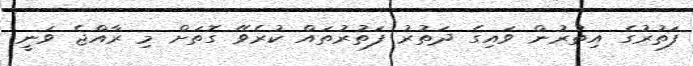
ފަތުރުގެ އިތުރުން ވައިގެ ދަތުރު ފަތުރުތައް ކުރެވޭ ގޮތަށް މި ރާއްޖެ ވަނީ